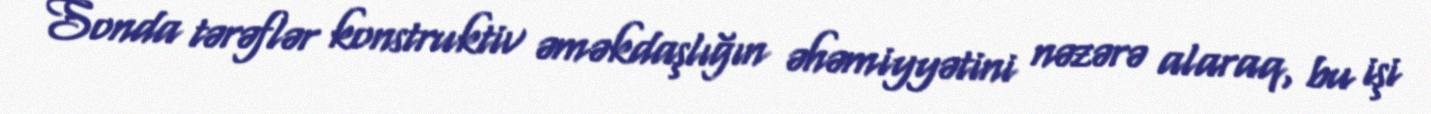
Sonda tərəflər konstruktiv əməkdaşlığın əhəmiyyətini nəzərə alaraq, bu işi